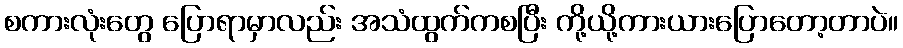
စကားလုံးတွေ ပြောရာမှာလည်း အသံထွက်ကစပြီး ကို့ယို့ကားယားပြောတော့တာပဲ။